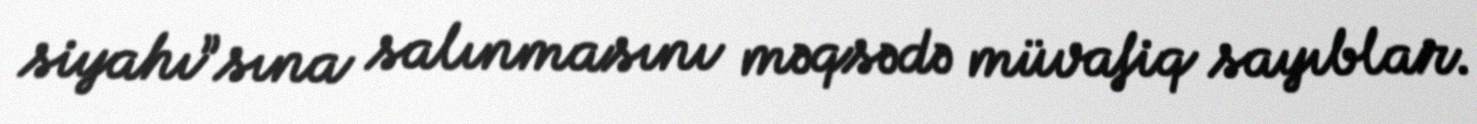
siyahı”sına salınmasını məqsədə müvafiq sayıblar.